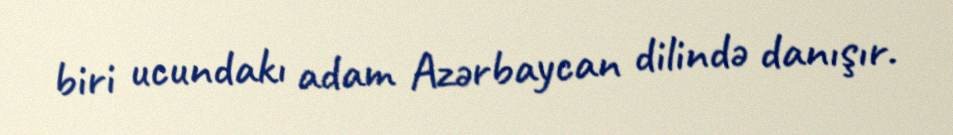
biri ucundakı adam Azərbaycan dilində danışır.